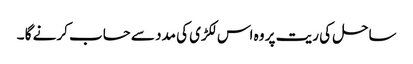
ساحل کی ریت پر وہ اس لکڑی کی مدد سے حساب کرنے گا ۔